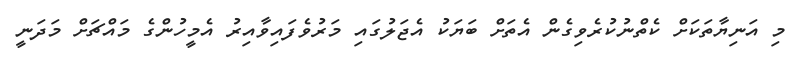
މި އަނިޔާތަކަށް ކެތްނުކުރެވިގެން އެތަށް ބަޔަކު އެޖަލުގައި މަރުވެފައިވާއިރު އެމީހުންގެ މައްޗަށް މަދަނީ